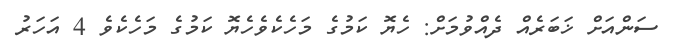
ސަންއަށް ޚަބަރެއް ދެއްވުމަށް: ހެޔޮ ކަމުގެ މަހެކެވެހެޔޮ ކަމުގެ މަހެކެވެ 4 އަހަރު